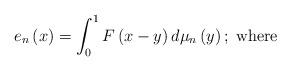
LaTeX: \begin{align*}e_{n}\left(x\right)=\int_{0}^{1}F\left(x-y\right)d\mu_{n}\left(y\right);\;\mbox{where}\end{align*}